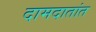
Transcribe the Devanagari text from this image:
दामदातांत